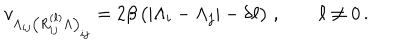
LaTeX: v _ { \Lambda _ { i j } \left( R _ { i j } ^ { ( \ell ) } \Lambda \right) _ { i j } } = 2 \beta \, \big ( | \Lambda _ { i } - \Lambda _ { j } | - \delta \ell \big ) \; , \qquad \ell \not = 0 \, .